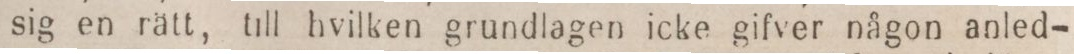
sig en rätt, till hvilken grundlagen icke gifver någon anled-